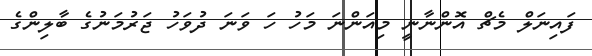
ފައިނަލް މެޗް އޮންނާނީ މިއަންނަ މަހު ހަ ވަނަ ދުވަހު ޖަރުމަނުގެ ބާލިންގެ